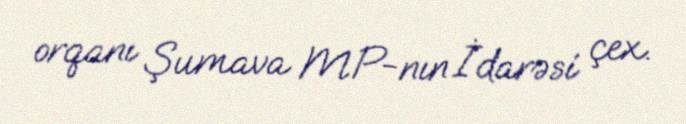
orqanı Şumava MP-nın İdarəsi çex.